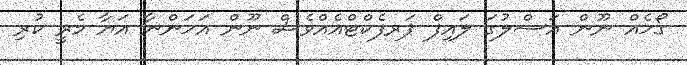
ގޯހެއް ނޫން އަސްލުގަ ލައިފް ޕަރފެކްޓްއެއްވެސް ނޫން އަހަންނާ އަޔާ މެރީ ކުރި